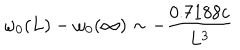
LaTeX: \omega _ { 0 } ( L ) - \omega _ { 0 } ( \infty ) \sim - { \frac { 0 . 7 1 8 8 c } { L ^ { 3 } } }